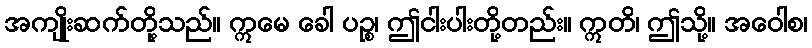
အကျိုးဆက်တို့သည်။ ဣမေ ခေါ ပဉ္စ၊ ဤငါးပါးတို့တည်း။ ဣတိ၊ ဤသို့။ အဝေါစ၊